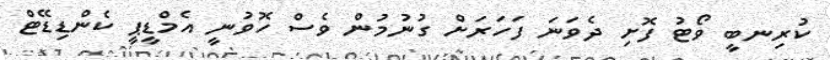
ކުރިނބީ ވޯޓު ފޮށި ދެވަނަ ފަހަރަށް ގުނުމުން ވެސް ހޮވުނީ އެމްޑީޕީ ކެންޑިޑޭޓް